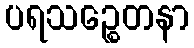
ပရသဉ္စေတနာ